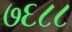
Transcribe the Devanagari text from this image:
७६८८